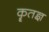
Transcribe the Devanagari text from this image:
कॄतज्ञ